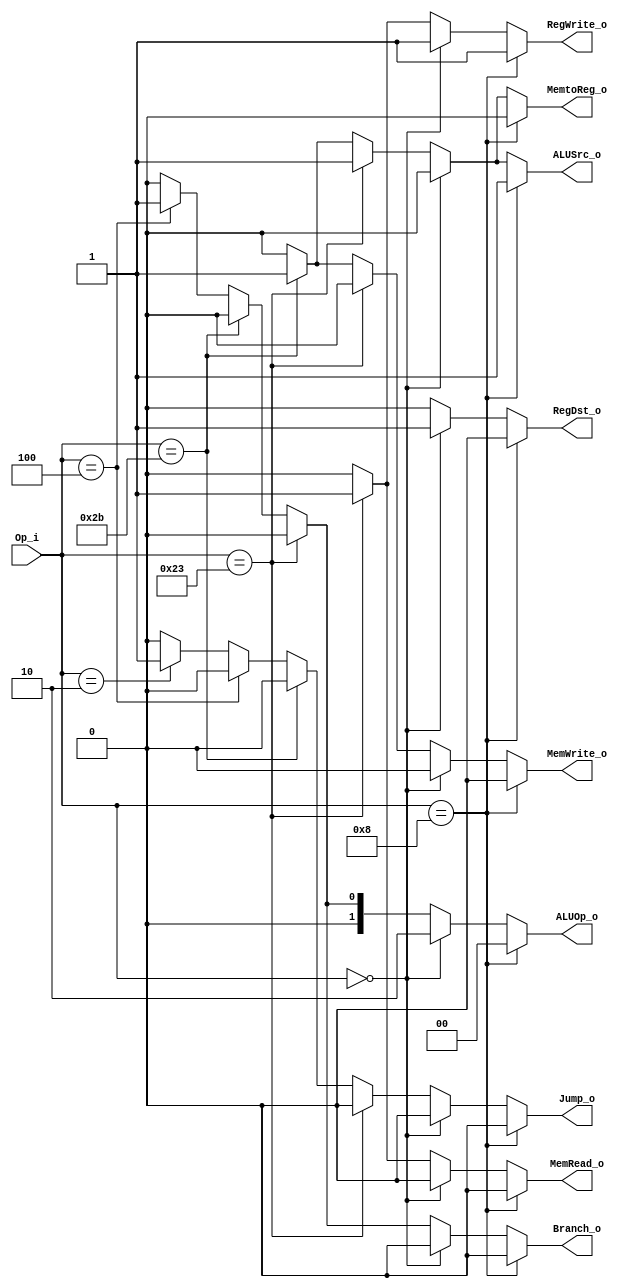
module Control(
    Op_i,
    RegDst_o,
    ALUOp_o,
    ALUSrc_o,
    RegWrite_o,
    MemWrite_o,
    MemRead_o,
    MemtoReg_o,
    Branch_o,
    Jump_o
);

// Ports
input	[5:0]		Op_i; // from wire_inst[31:26]
output				RegDst_o;
output	[1:0]		ALUOp_o;
output				ALUSrc_o;
output				RegWrite_o;
output				MemWrite_o;
output				MemRead_o;
output				MemtoReg_o;
output				Branch_o;
output				Jump_o;

// Wires & Registers
reg			tmpRegDst_o;
reg	[1:0]	tmpALUOp_o;
reg			tmpALUSrc_o;
reg			tmpRegWrite_o;
reg			tmpMemWrite_o;
reg			tmpMemRead_o;
reg			tmpMemtoReg_o;
reg			tmpBranch_o;
reg			tmpJump_o;

assign RegDst_o = tmpRegDst_o;
assign ALUOp_o = tmpALUOp_o;
assign ALUSrc_o = tmpALUSrc_o;
assign RegWrite_o = tmpRegWrite_o;
assign MemWrite_o = tmpMemWrite_o;
assign MemRead_o = tmpMemRead_o;
assign MemtoReg_o = tmpMemtoReg_o;
assign Branch_o = tmpBranch_o;
assign Jump_o = tmpJump_o;


always @(*) begin
	if(Op_i == 6'b001000) begin // addi
		tmpRegDst_o = 0;
		tmpALUOp_o = 2'b00;
		tmpALUSrc_o = 1;
		tmpRegWrite_o = 1;
		tmpMemWrite_o = 0;
		tmpMemRead_o = 0;
		tmpMemtoReg_o = 0; 
		tmpBranch_o = 0;
		tmpJump_o = 0;
	end
	else if (Op_i == 6'b000000) begin // R-type
		tmpRegDst_o = 1;
		tmpALUOp_o = 2'b10;
		tmpALUSrc_o = 0;
		tmpRegWrite_o = 1;
		tmpMemWrite_o = 0;
		tmpMemRead_o = 0;
		tmpMemtoReg_o = 0;
		tmpBranch_o = 0;
		tmpJump_o = 0;
	end
	else if (Op_i == 6'b100011) begin // lw instruction
		tmpRegDst_o = 0;
		tmpALUOp_o = 2'b00;
		tmpALUSrc_o = 1;
		tmpRegWrite_o = 1;
		tmpMemWrite_o = 0;
		tmpMemRead_o = 1;
		tmpMemtoReg_o = 1;
		tmpBranch_o = 0;
		tmpJump_o = 0;
	end
	else if (Op_i == 6'b101011) begin // sw instruction
		tmpRegDst_o = 0;
		tmpALUOp_o = 2'b00;
		tmpALUSrc_o = 1;
		tmpRegWrite_o = 0;
		tmpMemWrite_o = 1;
		tmpMemRead_o = 0;
		tmpMemtoReg_o = 1; //<-
		tmpBranch_o = 0;
		tmpJump_o = 0;
	end
	else if (Op_i == 6'b000100) begin // beq instruction
		tmpRegDst_o = 0; // don't care
		tmpALUOp_o = 2'b01; // don't care
		tmpALUSrc_o = 0; // don't care <-
		tmpRegWrite_o = 0;
		tmpMemWrite_o = 0;
		tmpMemRead_o = 0;
		tmpMemtoReg_o = 0; // don't care <-
		tmpBranch_o = 1;
		tmpJump_o = 0;
	end
	else if (Op_i == 6'b000010) begin // j instruction
		tmpRegDst_o = 0; // don't care
		tmpALUOp_o = 2'b00; // don't care
		tmpALUSrc_o = 0; // don't care <-
		tmpRegWrite_o = 0;
		tmpMemWrite_o = 0;
		tmpMemRead_o = 0;
		tmpMemtoReg_o = 0; // don't care <-
		tmpBranch_o = 0;
		tmpJump_o = 1;
	end
	else begin // just do something
		tmpRegDst_o = 0;
		tmpALUOp_o = 2'b00;
		tmpALUSrc_o = 0;
		tmpRegWrite_o = 0;
		tmpMemWrite_o = 0;
		tmpMemRead_o = 0;
		tmpMemtoReg_o = 0;
		tmpBranch_o = 0;
		tmpJump_o = 0;
	end
end

endmodule